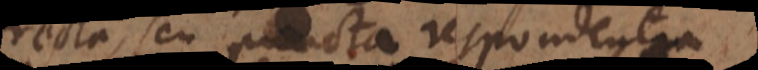
recta, seu puncta respondentia